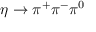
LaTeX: \eta \rightarrow \pi ^ { + } \pi ^ { - } \pi ^ { 0 }